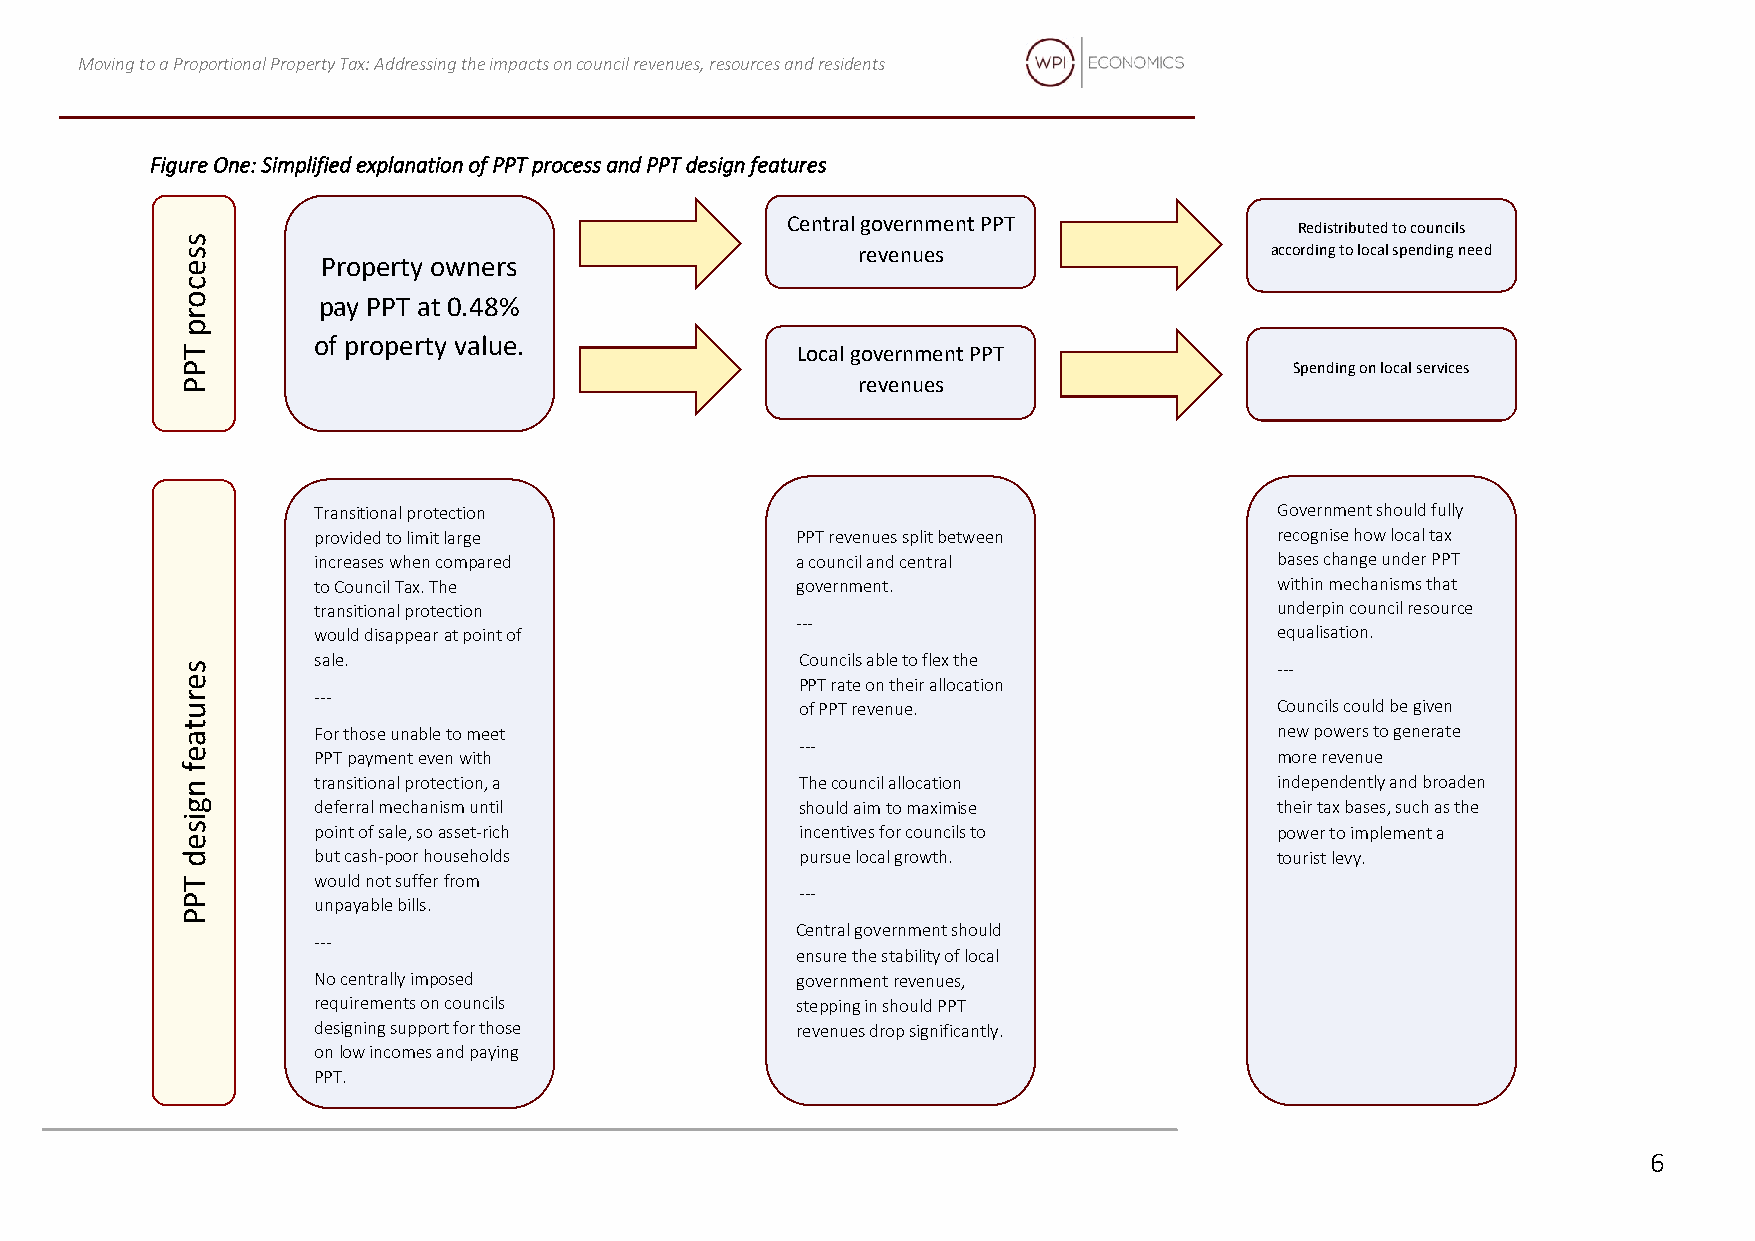
Moving to a Proportional Property Tax: Addressing the impacts on council revenues, resources and residents
 Figure One: Simplified explanation of PPT process and PPT design features
 Central government PPT
 Redistributed to councils
 s
 s                                            revenues                   according to local spending need
 e        Property owners
 c
 o        pay PPT at 0.48%
 r
 p
 of property value.
 T                                        Local government PPT
 P                                                                         Spending on local services
 P                                            revenues
 Transitional protection                                        Government should fully
 provided to limit large         PPT revenues split between     recognise how local tax
 increases when compared         a council and central          bases change under PPT
 to Council Tax. The             government.                    within mechanisms that
 transitional protection                                        underpin council resource
 ---
 would disappear at point of                                    equalisation.
 sale.                           Councils able to flex the
 s                                                                       ---
 e                                        PPT rate on their allocation
 r        ---
 u                                        of PPT revenue.                Councils could be given
 t a      For those unable to meet                                       new powers to generate
 ---
 e        PPT payment even with                                          more revenue
 f
 n        transitional protection, a      The council allocation         independently and broaden
 g        deferral mechanism until        should aim to maximise         their tax bases, such as the
 i
 s        point of sale, so asset-rich    incentives for councils to     power to implement a
 e
 d        but cash-poor households        pursue local growth.           tourist levy.
 T        would not suffer from
 P                                        ---
 unpayable bills.
 P
 Central government should
 ---
 ensure the stability of local
 No centrally imposed            government revenues,
 requirements on councils        stepping in should PPT
 designing support for those     revenues drop significantly.
 on low incomes and paying
 PPT.
 6